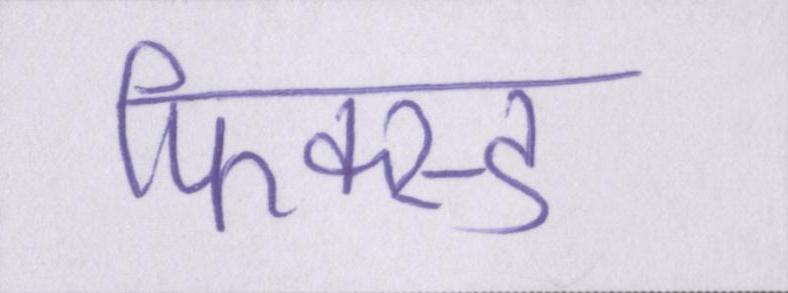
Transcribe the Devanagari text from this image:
फिक्स्ड